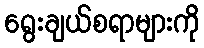
ရွေးချယ်စရာများကို